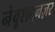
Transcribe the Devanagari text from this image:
नेबूशदनज़र